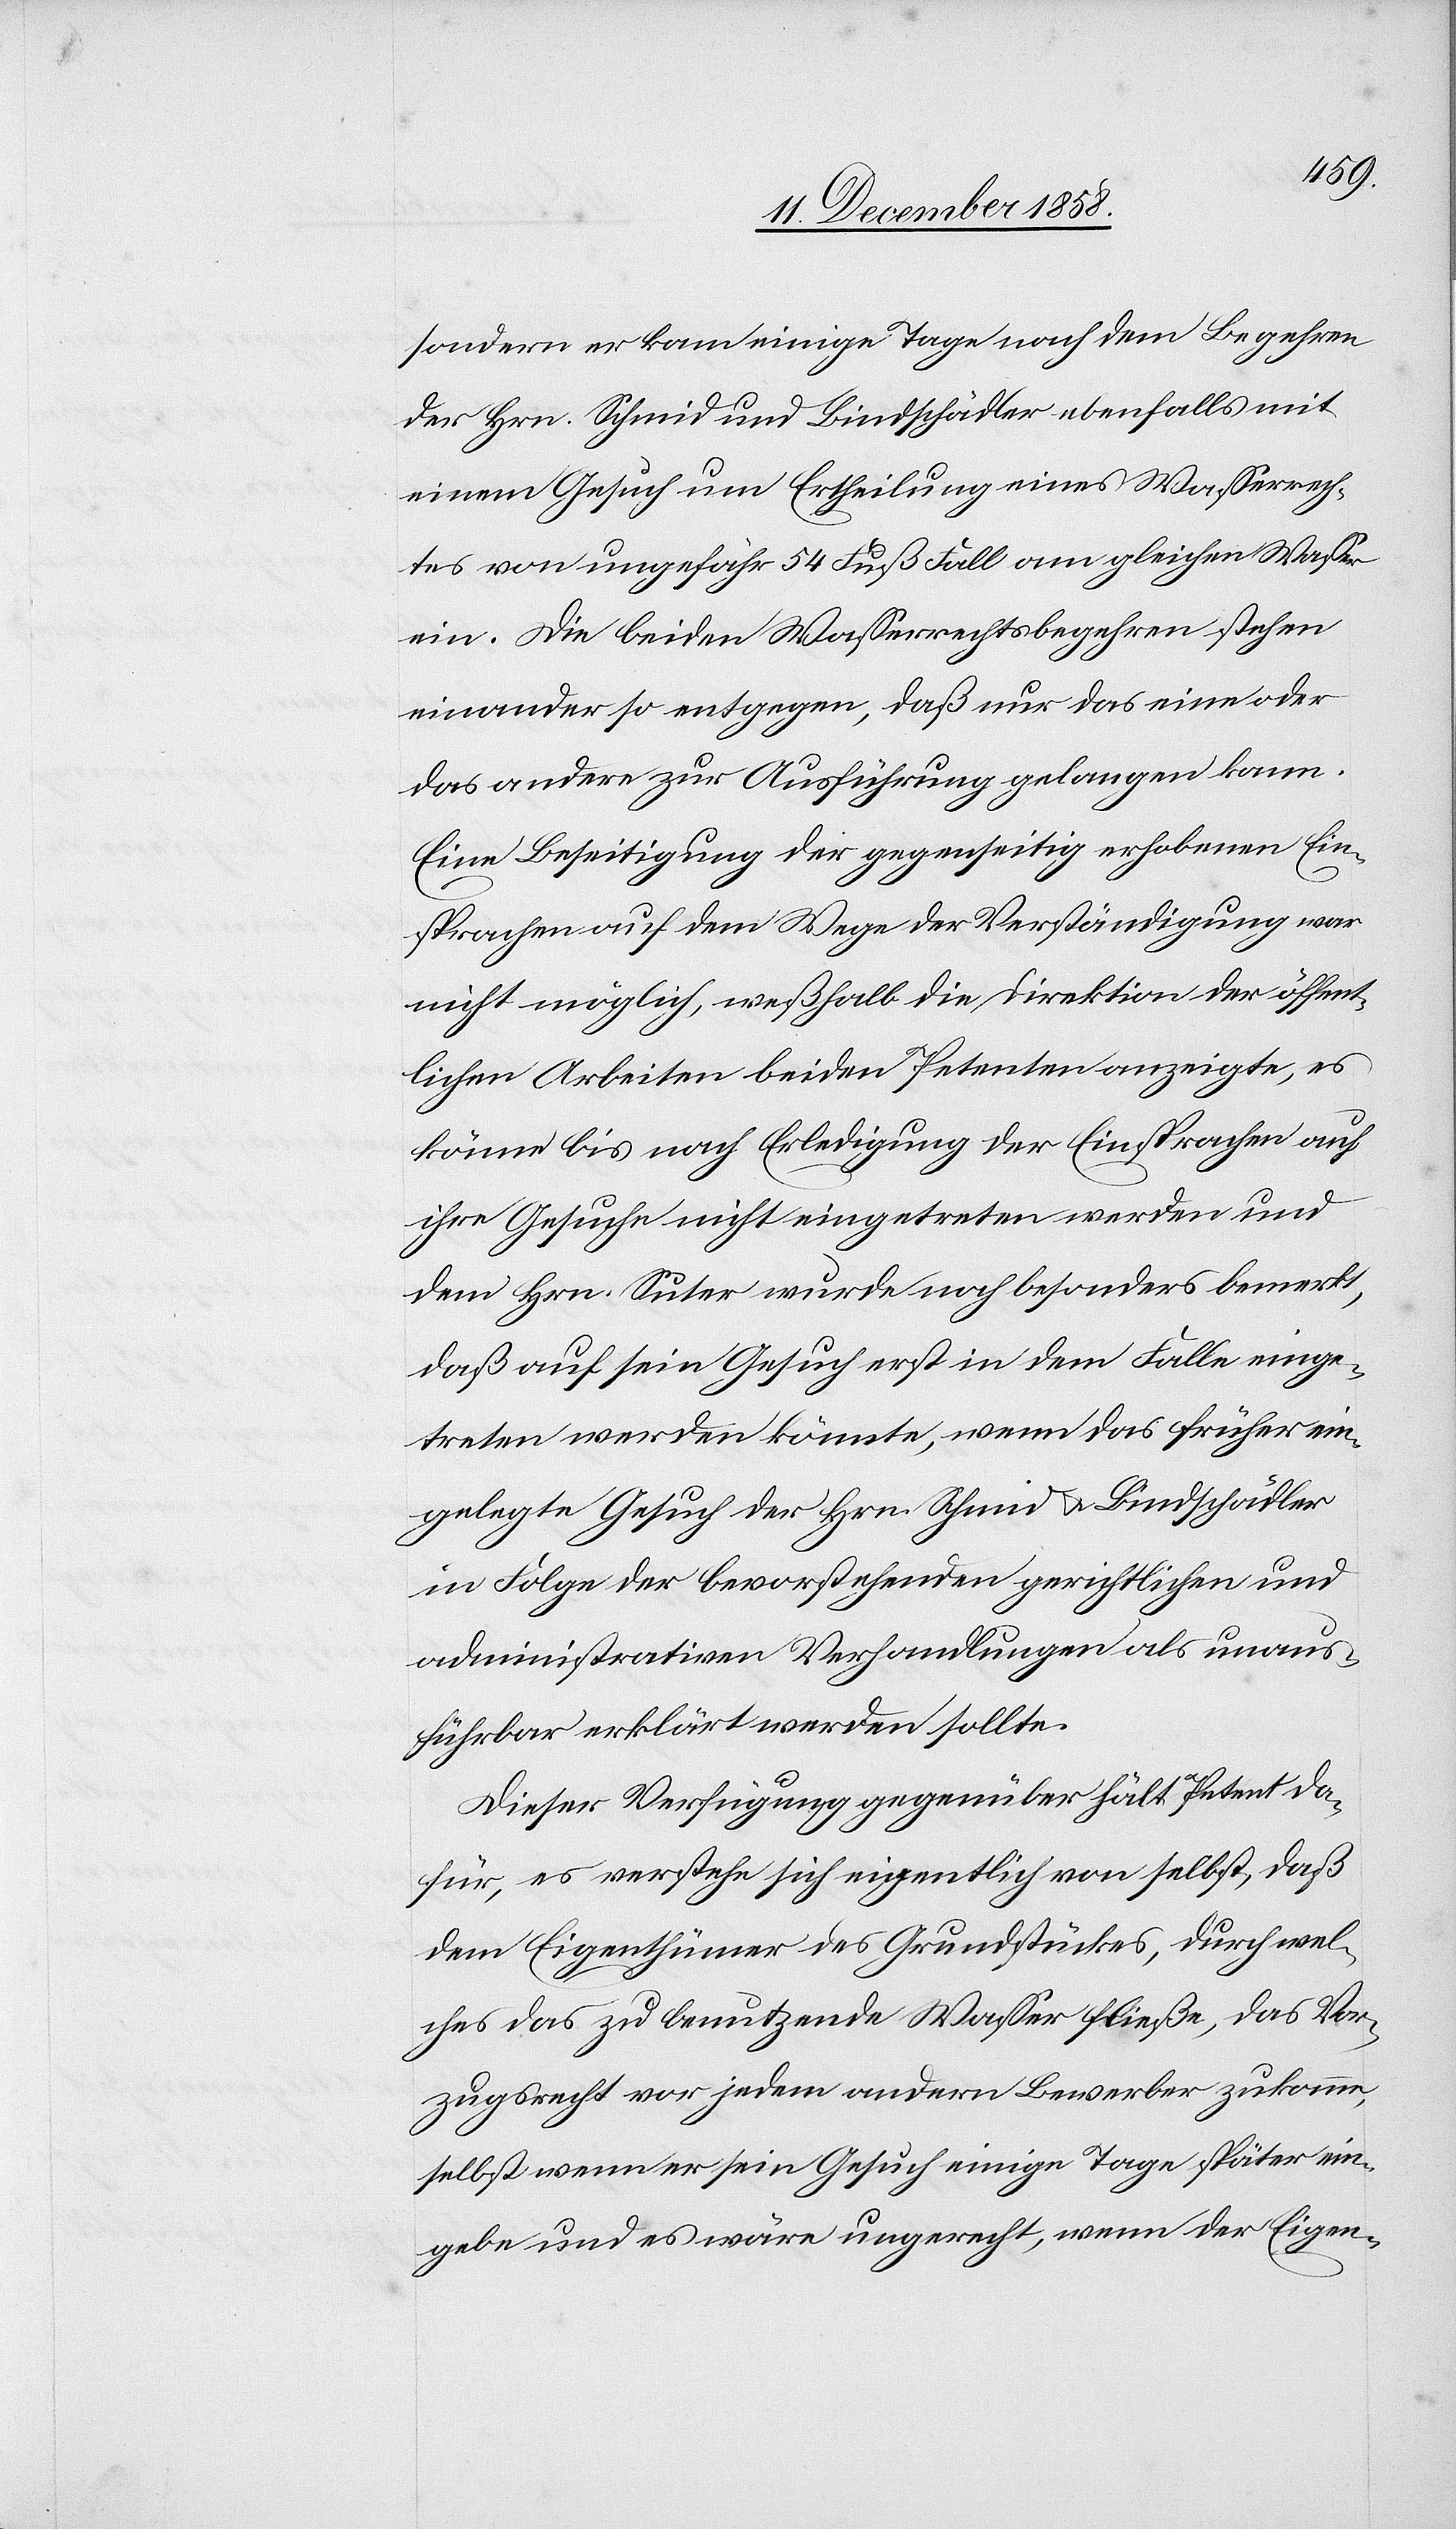
sondern er kam einige Tage nach dem Begehren
der Hrn. Schmid und Bindschädler ebenfalls mit
einem Gesuch um Ertheilung eines Wasserrech¬
tes von ungefähr 54 Fuß Fall am gleichen Wasser
ein. Die beiden Wasserrechtsbegehren stehen
einander so entgegen, daß nur das eine oder
das andere zur Ausführung gelangen kann.
Eine Beseitigung der gegenseitig erhobenen Ein¬
sprachen auf dem Wege der Verständigung war
nicht möglich, weßhalb die Direktion der öffent¬
lichen Arbeiten beiden Petenten anzeigte, es
könne bis nach Erledigung der Einsprachen auf
ihre Gesuche nicht eingetreten werden und
dem Hrn. Suter wurde besonders bemerkt,
daß auf sein Gesuch erst in dem Falle einge¬
treten werden könnte, wenn das früher ein¬
gelegte Gesuch der Hrn. Schmid & Bindschädler
in Folge der bevorstehenden gerichtlichen und
administrativen Verhandlungen als unaus¬
führbar erklärt werden sollte.
Dieser Verfügung gegenüber hält Petent da¬
für, es verstehe sich eigentlich von selbst, daß
dem Eigenthümer des Grundstückes, durch wel¬
ches das zu benutzende Wasser fließe, das Vor¬
zugsrecht vor jedem andern Bewerber zukomme,
selbst wenn er sein Gesuch einige Tage später ein¬
gebe und es wäre ungerecht, wenn der Eigen-